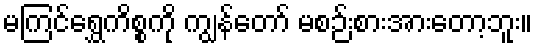
မကြင်ရွှေကိစ္စကို ကျွန်တော် မစဉ်းစားအားတော့ဘူး။